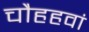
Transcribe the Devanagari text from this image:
चौहहवां